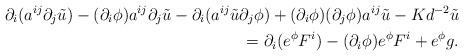
LaTeX: \begin{align*}\partial_i(a^{ij}\partial_j \tilde{u})-(\partial_i \phi) a^{ij}\partial_j \tilde{u}-\partial_i(a^{ij} \tilde{u}\partial_j \phi)+(\partial_i \phi) (\partial_j \phi) a^{ij}\tilde{u}-Kd^{-2}\tilde{u}\\=\partial_i(e^\phi F^i)-(\partial_i \phi) e^\phi F^i+e^\phi g.\end{align*}